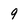
Character: 9